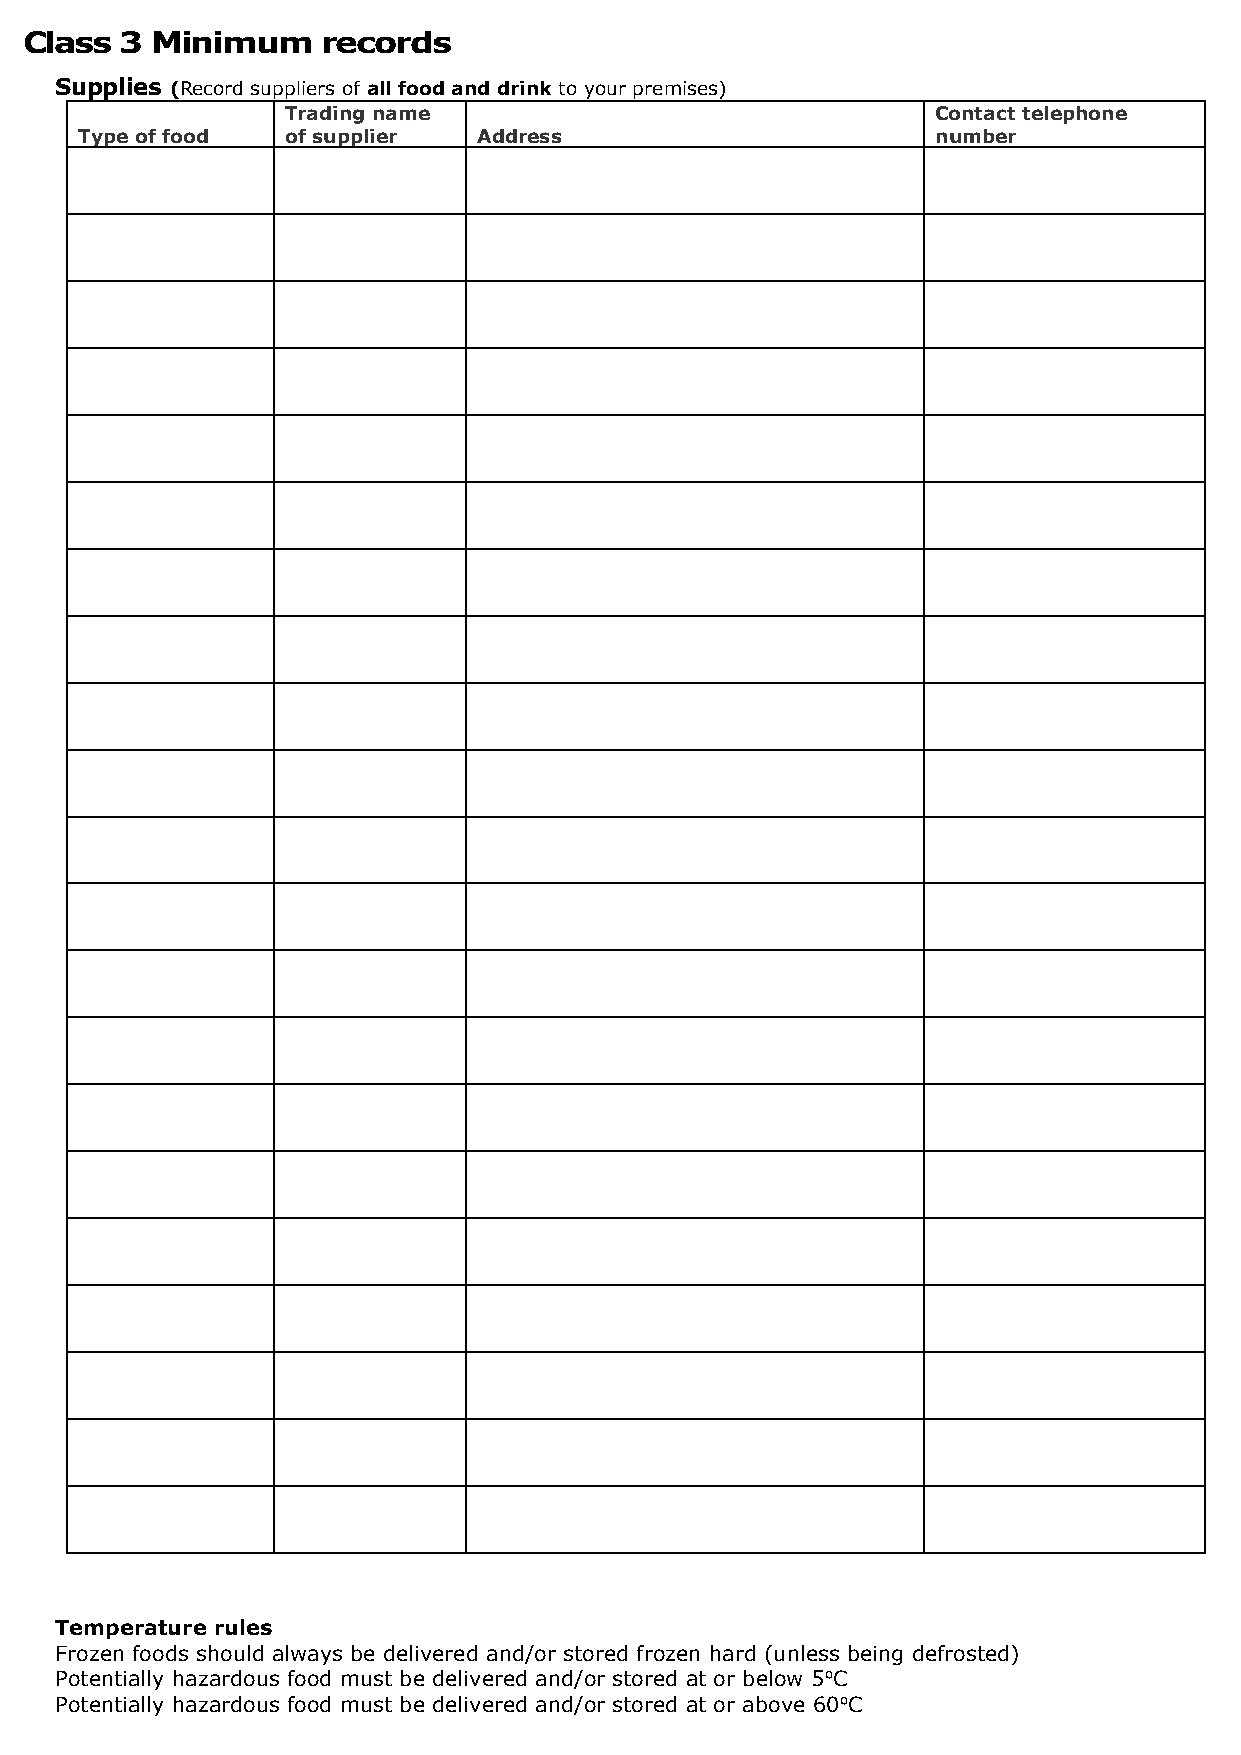
Class  3 Minimum    records
 Week starting: / / 20__
 Supplies (Record suppliers of all food and drink to your premises)
 Trading name                               Contact telephone
 Type of food  of supplier  Address                       number
 Temperature rules
 Frozen foods should always be delivered and/or stored frozen hard (unless being defrosted)
 Potentially hazardous food must be delivered and/or stored at or below 5⁰C
 Potentially hazardous food must be delivered and/or stored at or above 60⁰C